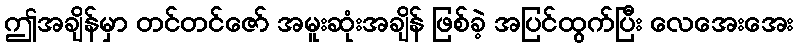
ဤအချိန်မှာ တင်တင်ဇော် အမူးဆုံးအချိန် ဖြစ်ခဲ့ အပြင်ထွက်ပြီး လေအေးအေး